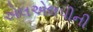
એલએલપીની